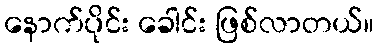
နောက်ပိုင်း ခေါင်း ဖြစ်လာတယ်။